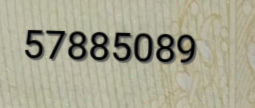
57885089